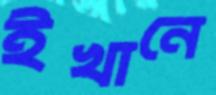
ইখানে